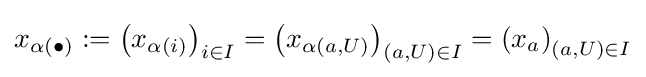
x_{\alpha (\bullet )}:=\left(x_{\alpha (i)}\right)_{i\in I}=\left(x_{\alpha (a,U)}\right)_{(a,U)\in I}=\left(x_{a}\right)_{(a,U)\in I}